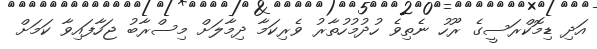
އަދި ޑިމޮކްރަސީގެ ރޫހު ނެތިވެ ހުދުމުހުތާރު ވެރިކަމާ ދިމާލަށް މިސްރާބު ޖަހާފައިވާ ކަމަށް